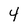
Character: 4